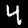
Label: 4